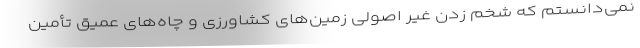
نمی‌دانستم که شخم زدن غیر اصولی زمین‌های کشاورزی و چاه‌های عمیق تأمین